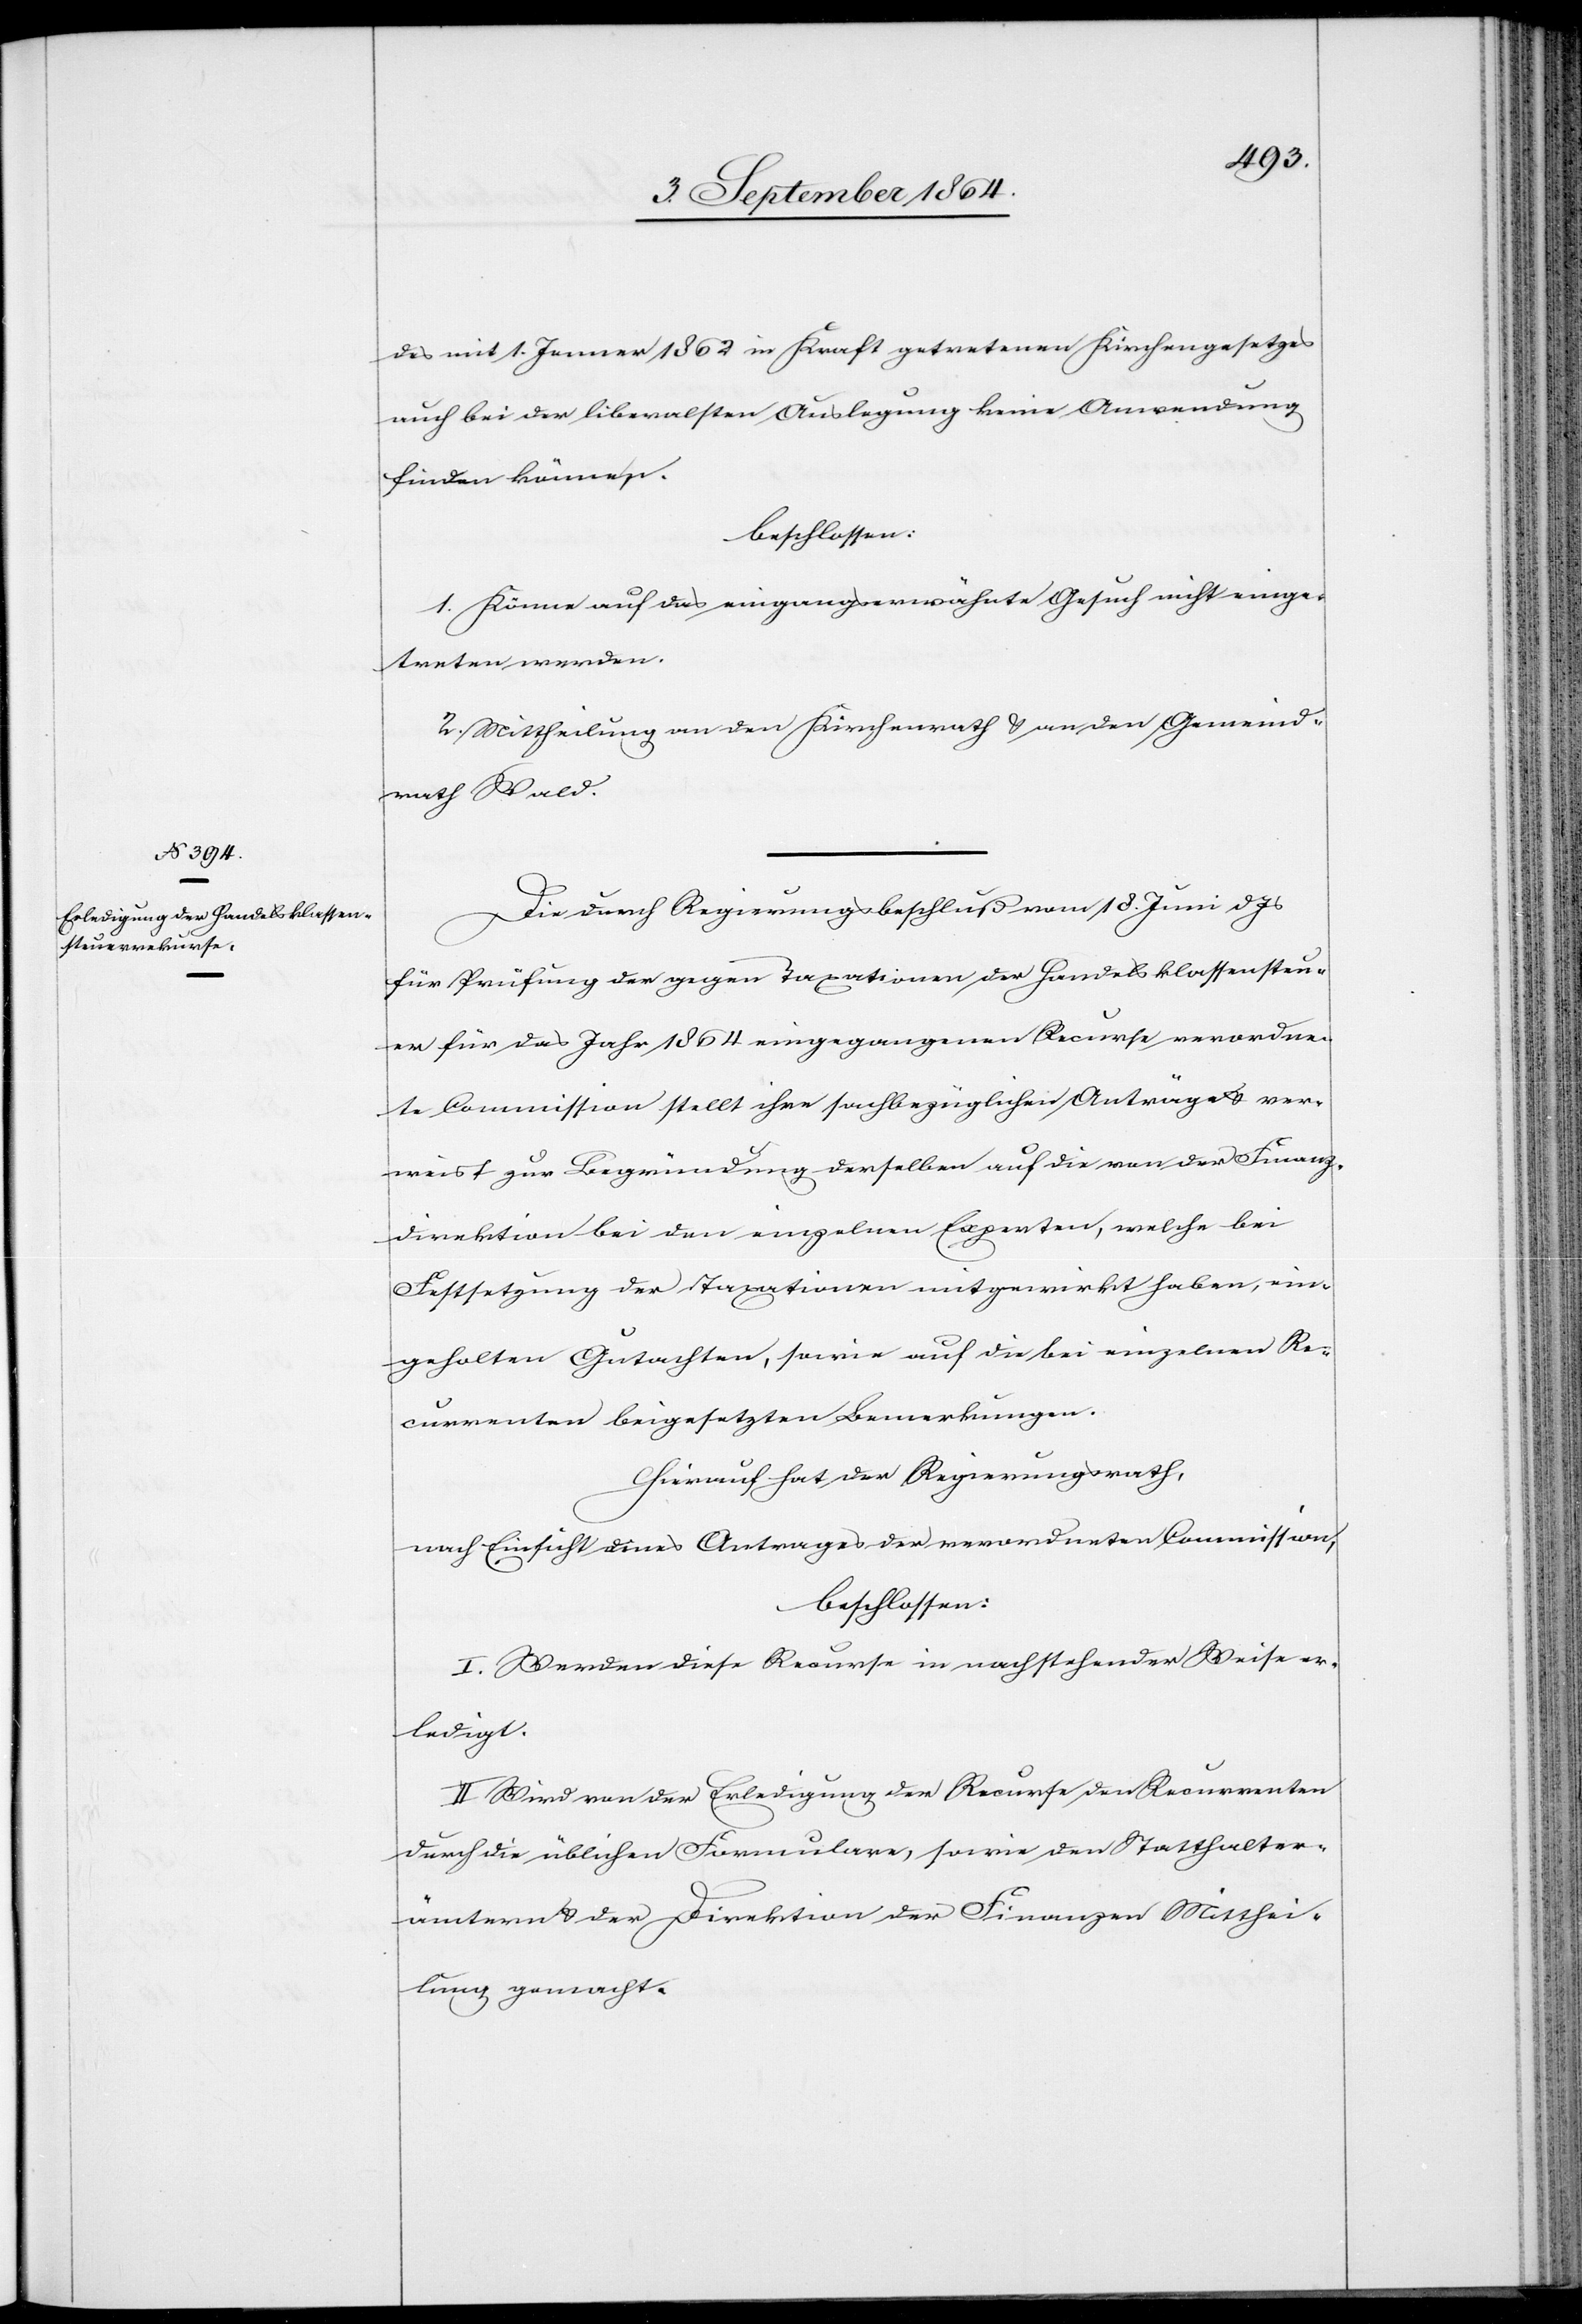
des mit 1. Jenner 1862 in Kraft getretenen Kirchengesesetzes
auch bei der liberalsten Auslegung keine Anwendung
finden können,
beschlossen:
1. Könne auf das eingangs erwähnte Gesuch nicht einge¬
treten werden.
2. Mittheilung an den Kirchenrath & an den Gemeind¬
rath Wald.
Die durch Regierungsbeschluß vom 18. Juni d. Js
für Prüfung der gegen Taxationen der Handelsklassensteu¬
er für das Jahr 1864 eingegangenen Recurse verordne¬
te Commission stellt ihre sachbezüglichen Anträge & ver¬
weist zur Begründung derselben auf die von der Finanz¬
direktion bei den einzelnen Experten, welche bei
Festsetzung der Taxationen mitgewirkt haben, ein¬
geholten Gutachten, sowie auf die bei einzelnen Re¬
currenten beigesetzten Bemerkungen.
Hierauf hat der Regierungsrath,
nach Einsicht dieses Antrages der verordneten Commission,
beschlossen:
I. Werden diese Recurse in nachstehender Weise er¬
ledigt.
II. Wird von der Erledigung der Recurse den Recurrenten
durch die üblichen Formulare, sowie den Statthalter¬
ämtern & der Direktion der Finanzen Mitthei¬
lung gemacht.